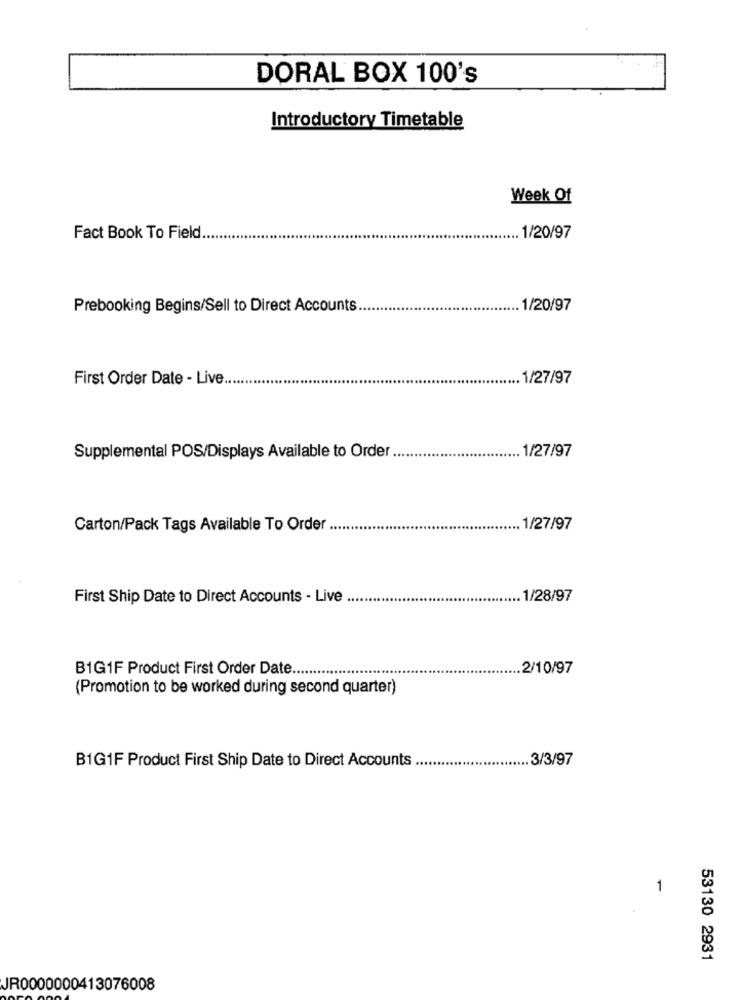
DORAL BOX 100's
Introductory Timetable
Week Of
Fact Book To Field
. 1/20/97
Prebooking Begins/Sell to Direct Accounts
1/20/97
First Order Date - Live ..
.. 1/27/97
Supplemental POS/Displays Available to Order .
.. 1/27/97
Carton/Pack Tags Available To Order ..
.. 1/27/97
First Ship Date to Direct Accounts - Live
. 1/28/97
B1G1F Product First Order Date ...
2/10/97
.............
(Promotion to be worked during second quarter)
.. 3/3/97
BIG1F Product First Ship Date to Direct Accounts
1
53130 2931
JR0000000413076008